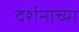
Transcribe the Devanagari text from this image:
दर्शनाच्या